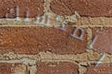
المكسيك